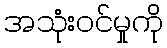
အသုံးဝင်မှုကို